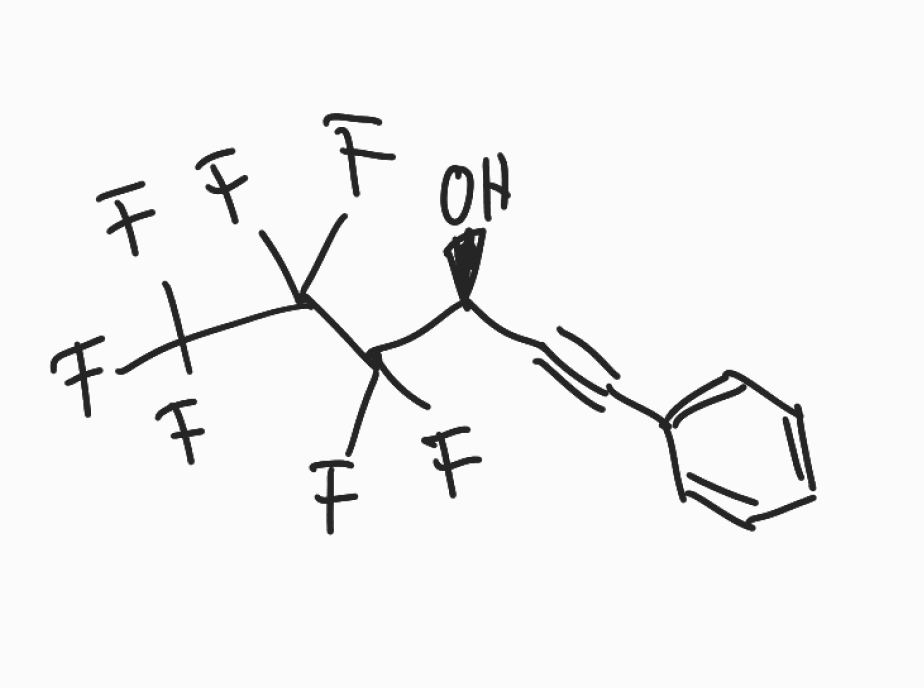
Simplified molecular-input line-entry system (SMILES) notation of the given molecule:
C1=CC=C(C=C1)C#C[C@@H](C(C(C(F)(F)F)(F)F)(F)F)O